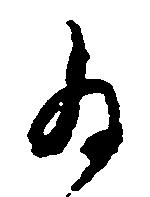
為